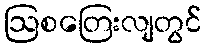
ဩစတြေးလျတွင်